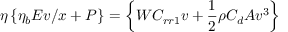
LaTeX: \eta \left\{ \eta _ { b } E v / x + P \right\} = \left\{ W C _ { r r 1 } v + { \frac { 1 } { 2 } } \rho C _ { d } A v ^ { 3 } \right\}